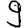
Digit: 9